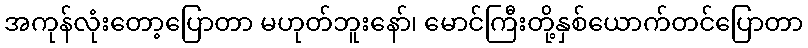
အကုန်လုံးတော့ပြောတာ မဟုတ်ဘူးနော်၊ မောင်ကြီးတို့နှစ်ယောက်တင်ပြောတာ